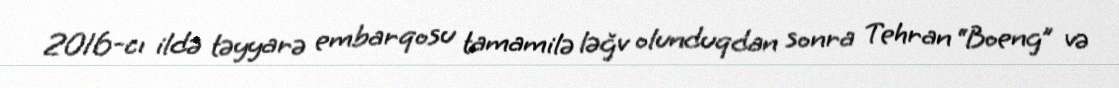
2016-cı ildə təyyarə embarqosu tamamilə ləğv olunduqdan sonra Tehran “Boeng” və